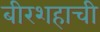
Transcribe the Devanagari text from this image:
बीरशहाची